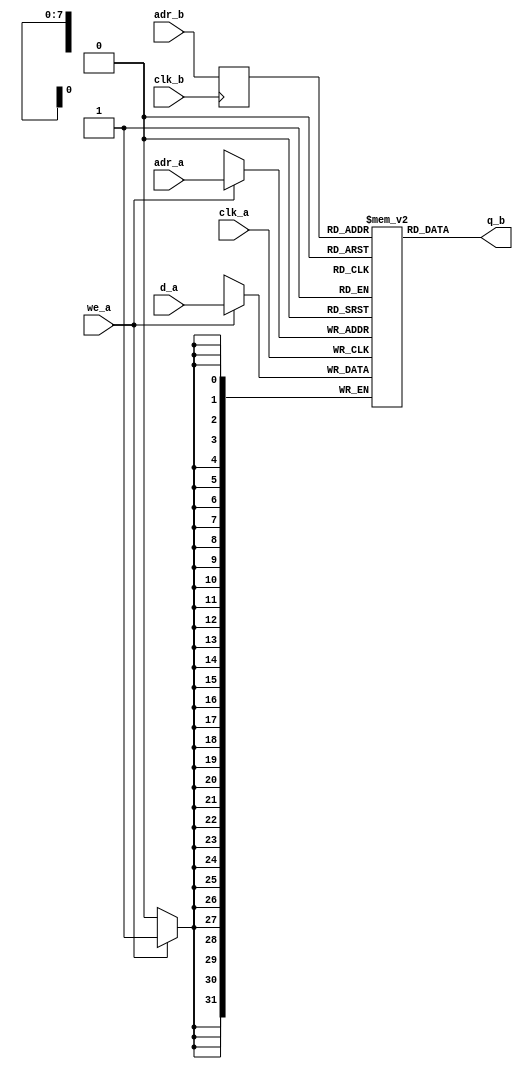
// true dual port RAM, sync

`ifdef ACTEL
	`define SYN /*synthesis syn_ramstyle = "no_rw_check"*/
`endif
module vfifo_dual_port_ram_dc_sw
  (
   d_a,
   adr_a, 
   we_a,
   clk_a,
   q_b,
   adr_b,
   clk_b
   );
   parameter DATA_WIDTH = 32;
   parameter ADDR_WIDTH = 8;
   input [(DATA_WIDTH-1):0]      d_a;
   input [(ADDR_WIDTH-1):0] 	 adr_a;
   input [(ADDR_WIDTH-1):0] 	 adr_b;
   input 			 we_a;
   output [(DATA_WIDTH-1):0] 	 q_b;
   input 			 clk_a, clk_b;
   reg [(ADDR_WIDTH-1):0] 	 adr_b_reg;
   reg [DATA_WIDTH-1:0] ram [(1<<ADDR_WIDTH)-1:0] /*synthesis syn_ramstyle = "no_rw_check"*/;
   always @ (posedge clk_a)
   if (we_a)
     ram[adr_a] <= d_a;
   always @ (posedge clk_b)
   adr_b_reg <= adr_b;   
   assign q_b = ram[adr_b_reg];
endmodule